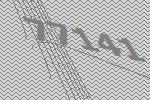
77141